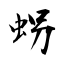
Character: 𧊅